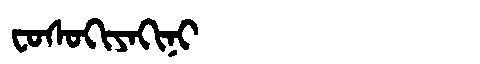
Manchu: ᠸᠣᠰᠣᡴᡳᠶᠠᡴᡳᠨᡳ
Romanization: FOSOKIYAKINI